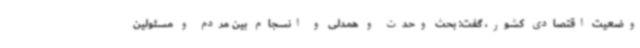
وضعیت اقتصادی کشور، گفت: بحث وحدت و همدلی و انسجام بین مردم و مسئولین